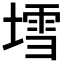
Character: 𡐅